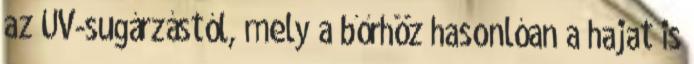
az UV-sugárzástól, mely a bőrhöz hasonlóan a hajat is